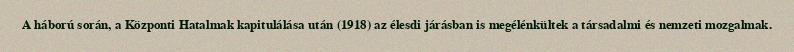
A háború során, a Központi Hatalmak kapitulálása után (1918) az élesdi járásban is megélénkültek a társadalmi és nemzeti mozgalmak.